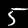
Digit: 5